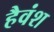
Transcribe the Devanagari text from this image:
हैवंश